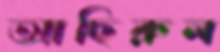
আছিরুল